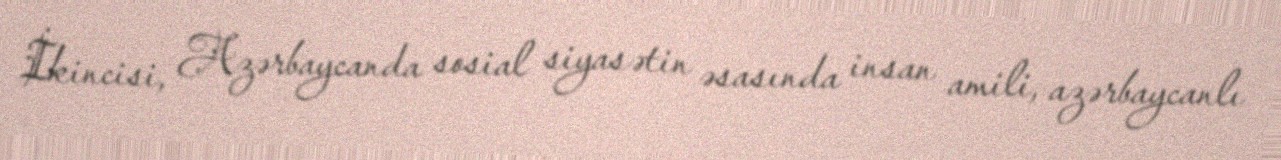
İkincisi, Azərbaycanda sosial siyasətin əsasında insan amili, azərbaycanlı